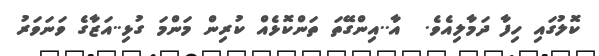
ކޮލުގައި ހިފާ ދަމާލިއެވެ.  އާ..އިންގޭތަ ތަންކޮޅެއް ކުރިން މަންމަ ގުޅި..އަޒާގެ ވަނަވަރު